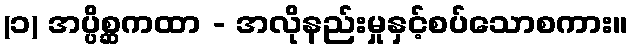
(၁) အပ္ပိစ္ဆကထာ - အလိုနည်းမှုနှင့်စပ်သောစကား။